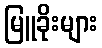
မြူခိုးများ